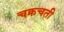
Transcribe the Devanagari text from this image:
चक्रचती